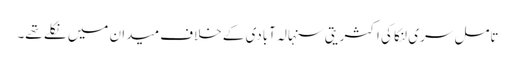
تامل سری لنکا کی اکثریتی سنہالہ آبادی کے خلاف میدان میں نکلے تھے۔